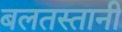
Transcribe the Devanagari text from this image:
बलतस्तानी